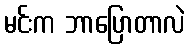
မင်းက ဘာပြောတာလဲ